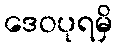
ဒေဝပုရမှိ